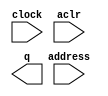
//Copyright (C) 1991-2003 Altera Corporation
//Any  megafunction  design,  and related netlist (encrypted  or  decrypted),
//support information,  device programming or simulation file,  and any other
//associated  documentation or information  provided by  Altera  or a partner
//under  Altera's   Megafunction   Partnership   Program  may  be  used  only
//to program  PLD  devices (but not masked  PLD  devices) from  Altera.   Any
//other  use  of such  megafunction  design,  netlist,  support  information,
//device programming or simulation file,  or any other  related documentation
//or information  is prohibited  for  any  other purpose,  including, but not
//limited to  modification,  reverse engineering,  de-compiling, or use  with
//any other  silicon devices,  unless such use is  explicitly  licensed under
//a separate agreement with  Altera  or a megafunction partner.  Title to the
//intellectual property,  including patents,  copyrights,  trademarks,  trade
//secrets,  or maskworks,  embodied in any such megafunction design, netlist,
//support  information,  device programming or simulation file,  or any other
//related documentation or information provided by  Altera  or a megafunction
//partner, remains with Altera, the megafunction partner, or their respective
//licensors. No other licenses, including any licenses needed under any third
//party's intellectual property, are provided herein.

module mem16x18 (
	address,
	clock,
	aclr,
	q);

	input	[3:0]  address;
	input	  clock;
	input	  aclr;
	output	[17:0]  q;

endmodule